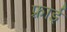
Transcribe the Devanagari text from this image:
फ़्राई